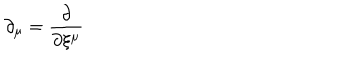
\partial _ { \mu } = \frac { \partial } { \partial \xi ^ { \mu } }